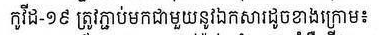
កូវីដ-១៩ ត្រូវភ្ជាប់មកជាមួយនូវឯកសារដូចខាងក្រោម៖